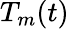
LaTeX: T_{m}(t)